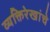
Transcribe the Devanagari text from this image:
व्यक्तिरेखांचे